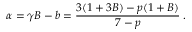
\alpha = \gamma B - b = \frac { 3 ( 1 + 3 B ) - p ( 1 + B ) } { 7 - p } \; .